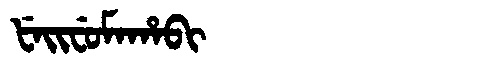
Manchu: ᡶᡝᡳᠸᡠᠮᠠᡥᠠᠪᡳ
Romanization: FEIFUMAHABI